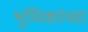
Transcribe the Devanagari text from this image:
भूमिकांच्या